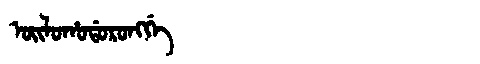
Manchu: ᠣᡳᠯᠣᡥᠣᡩᠣᡵᠣᠩᡤᡝ
Romanization: OILOHODORONGGE